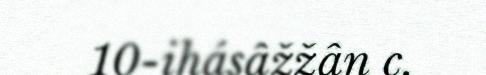
10-ihásâžžân c.